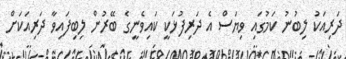
ދަރިއަކު ލިބުނު ކަމުގައި ވިޔަސް އެ ދަރިފުޅަކީ ކައިވެނީގެ ބޭރުން ލިބިފައިވާ ދަރިއަކަށް